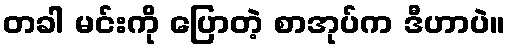
တခါ မင်းကို ပြောတဲ့ စာအုပ်က ဒီဟာပဲ။